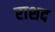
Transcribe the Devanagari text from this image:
राशद